Trukikaitis_Postimees, lk 34
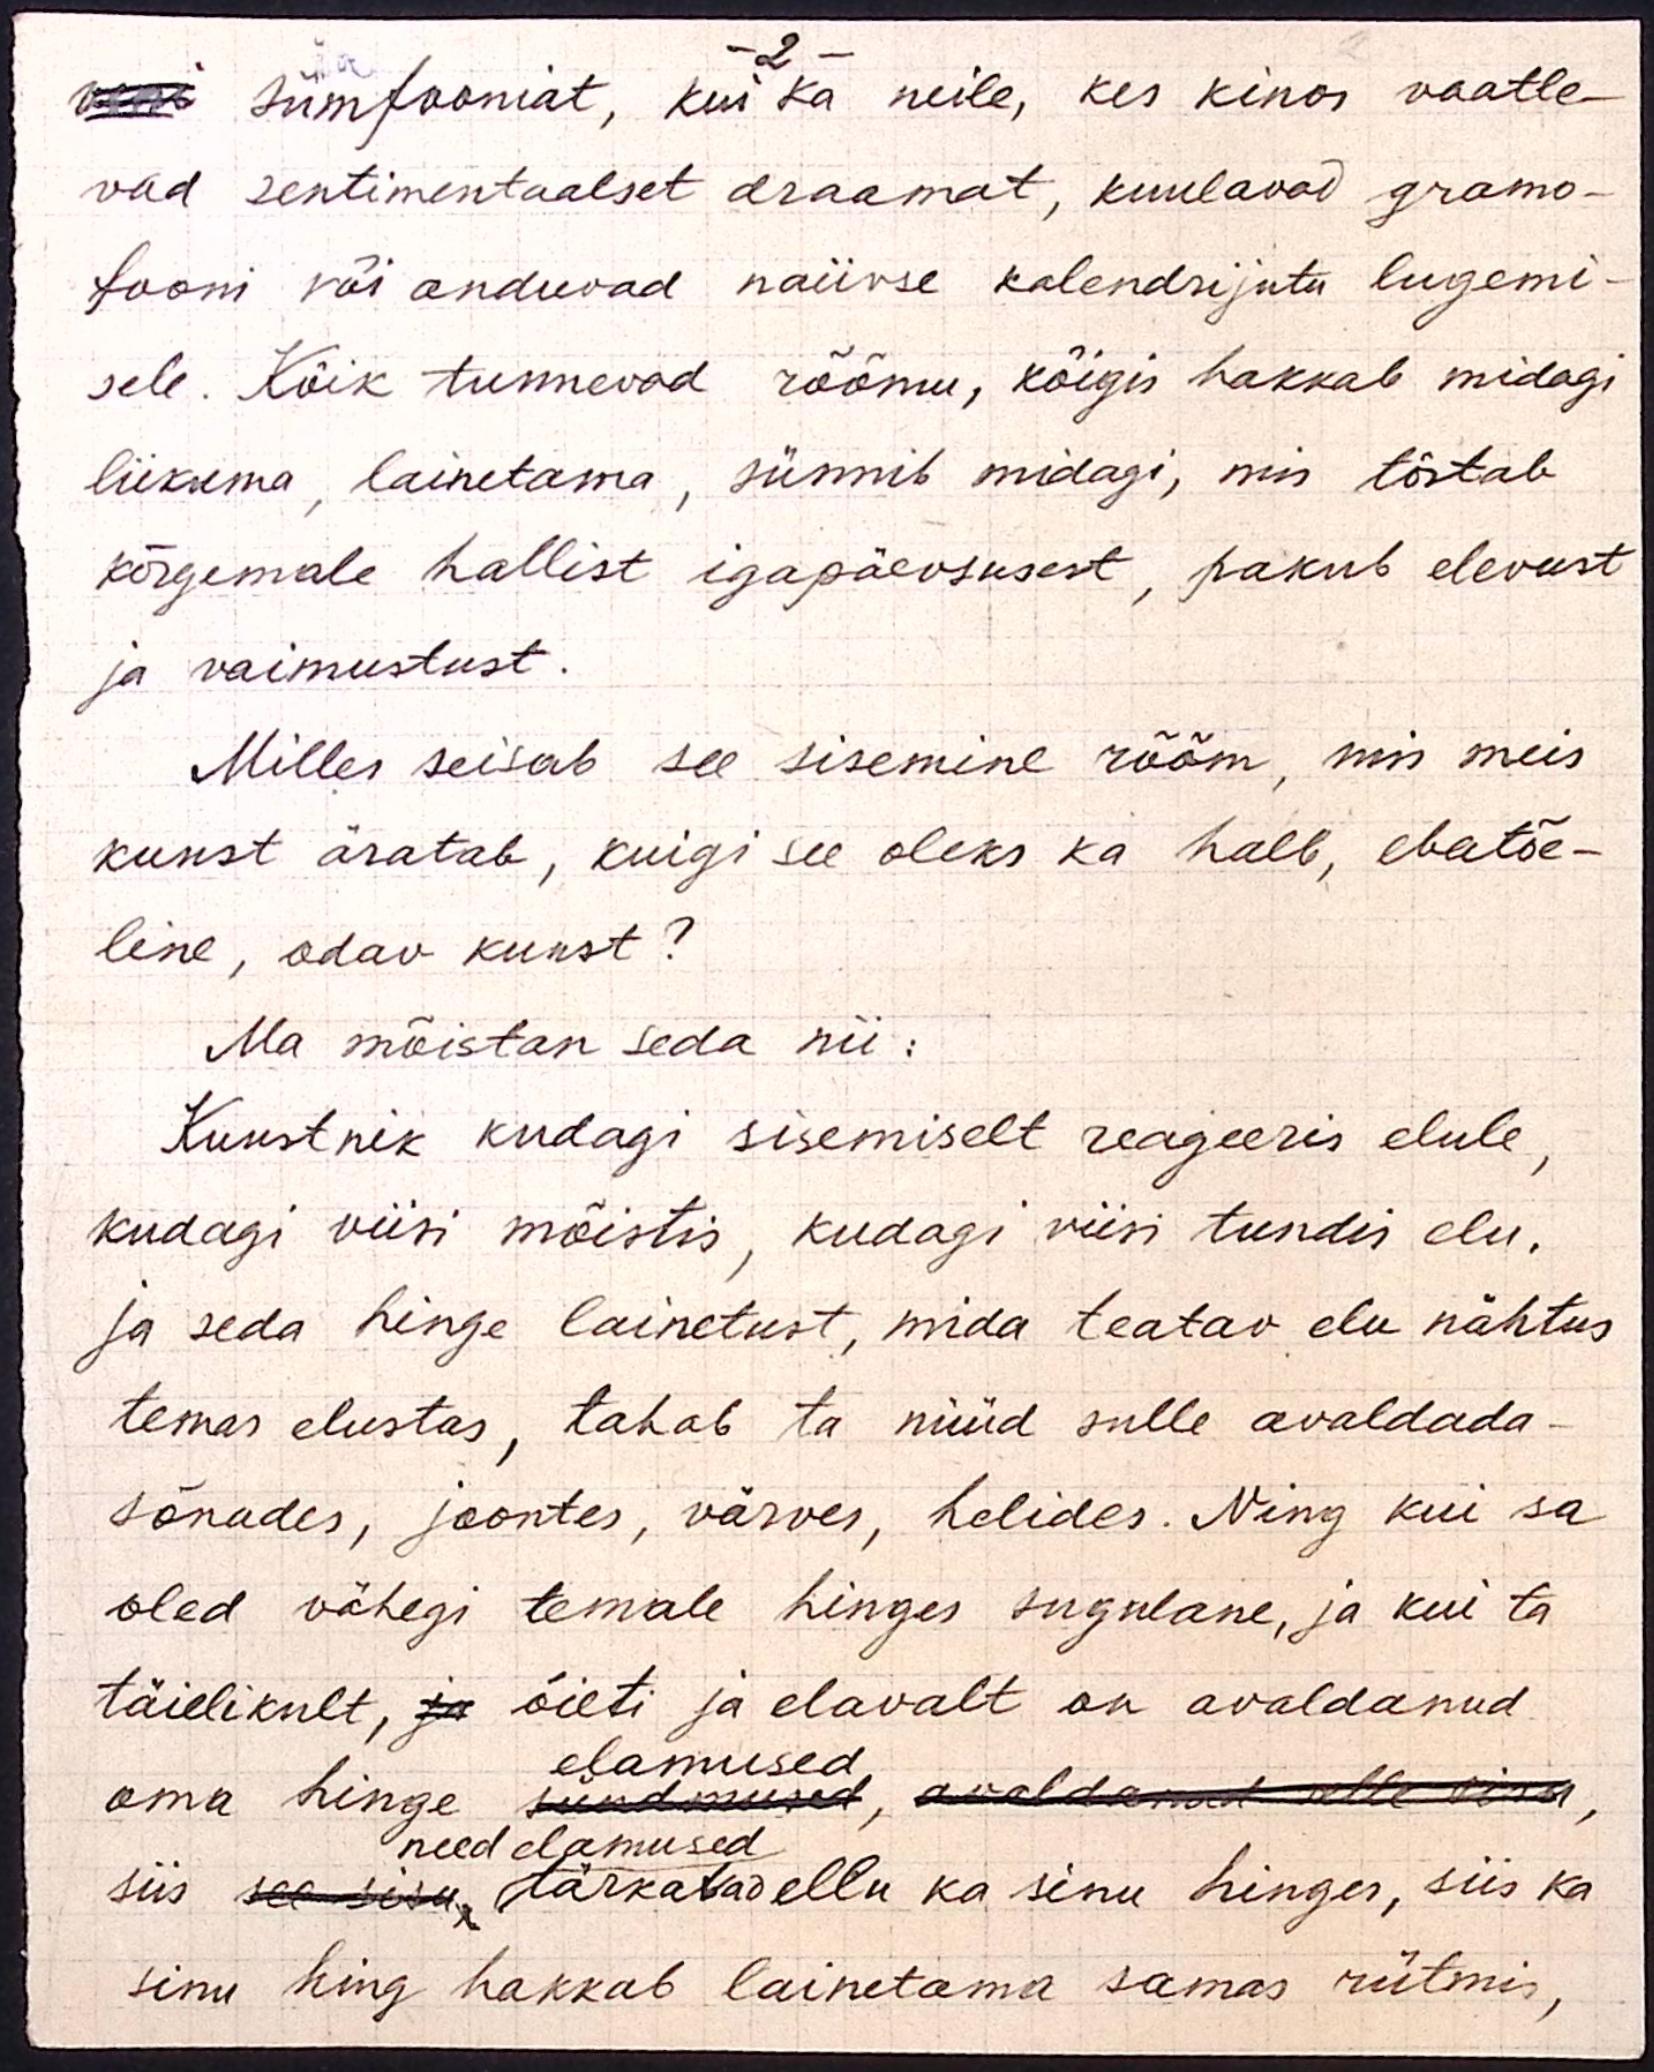
- 2 -
veni sümfooniat, kui ka neile, kes kinos vaatle-
vad sentimentaalset draamat, kuulavad gramo-
fooni või anduvad naiivse kalendrijutu lugemi-
sele. Kõik tunnevad rõõmu, kõigis hakkab midagi
liikuma, lainetama, sünnib midagi, mis tõstab
kõrgemale hallist igapäevsusest, pakub elevust
ja vaimustust.
Milles seisab see sisemine rõõm, mis meis
kunst äratab, kuigi see oleks ka halb, ebatõe-
line, odav kunst?
Ma mõistan seda nii:
Kunstnik kudagi sisemiselt reageeris elule,
kudagi viisi mõistis, kudagi viisi tundis elu,
ja seda hinge lainetust, mida teatav elu nähtus
temas elustas, tahab ta nüüd sulle avaldada -
sõnades, joontes, värves, helides. Ning kui sa
oled vähegi temale hinges sugulane, ja kui ta
täielikult, ja õieti ja elavalt on avaldanud
oma hinge sündmused, avaldanud selle sisu,
elamused
need elamused
siis see sisu tärkavad ellu ka sinu hinges, siis ka
sinu hing hakkab lainetama samas rütmis,